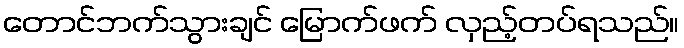
တောင်ဘက်သွားချင် မြောက်ဖက် လှည့်တပ်ရသည်။